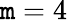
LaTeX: \mathtt{m}=4